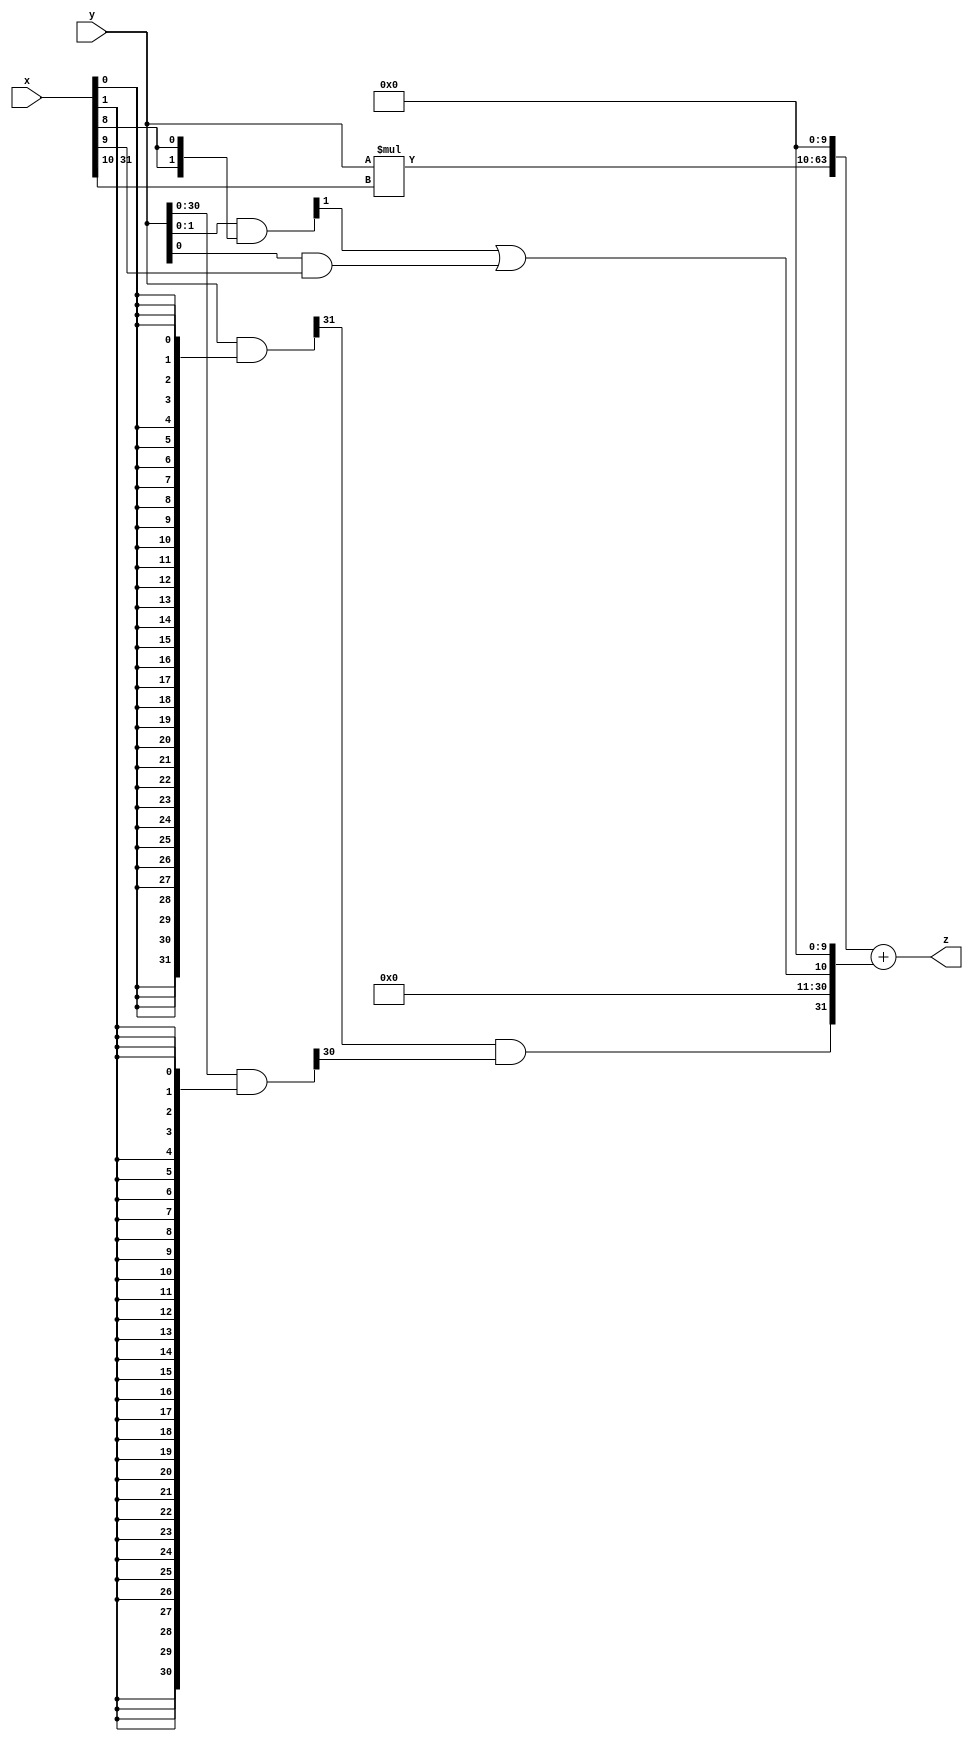
// terms: 2
// fval:  7854103.4964

module unsigned_32x32_l10_lamb10000_0 (
	input [31:0] x,
	input [31:0] y,
	output [63:0] z
);

wire [31:0] part1 =  y & {32{x[0]}};
wire [31:0] part2 =  y & {32{x[1]}};
wire [31:0] part3 =  y & {32{x[2]}};
wire [31:0] part4 =  y & {32{x[3]}};
wire [31:0] part5 =  y & {32{x[4]}};
wire [31:0] part6 =  y & {32{x[5]}};
wire [31:0] part7 =  y & {32{x[6]}};
wire [31:0] part8 =  y & {32{x[7]}};
wire [31:0] part9 =  y & {32{x[8]}};
wire [31:0] part10 =  y & {32{x[9]}};
wire [31:0] part11 =  y & {32{x[10]}};
wire [31:0] part12 =  y & {32{x[11]}};
wire [31:0] part13 =  y & {32{x[12]}};
wire [31:0] part14 =  y & {32{x[13]}};
wire [31:0] part15 =  y & {32{x[14]}};
wire [31:0] part16 =  y & {32{x[15]}};
wire [31:0] part17 =  y & {32{x[16]}};
wire [31:0] part18 =  y & {32{x[17]}};
wire [31:0] part19 =  y & {32{x[18]}};
wire [31:0] part20 =  y & {32{x[19]}};
wire [31:0] part21 =  y & {32{x[20]}};
wire [31:0] part22 =  y & {32{x[21]}};
wire [31:0] part23 =  y & {32{x[22]}};
wire [31:0] part24 =  y & {32{x[23]}};
wire [31:0] part25 =  y & {32{x[24]}};
wire [31:0] part26 =  y & {32{x[25]}};
wire [31:0] part27 =  y & {32{x[26]}};
wire [31:0] part28 =  y & {32{x[27]}};
wire [31:0] part29 =  y & {32{x[28]}};
wire [31:0] part30 =  y & {32{x[29]}};
wire [31:0] part31 =  y & {32{x[30]}};
wire [31:0] part32 =  y & {32{x[31]}};

wire [31:0] new_part1;
assign new_part1[0] = 0;
assign new_part1[1] = 0;
assign new_part1[2] = 0;
assign new_part1[3] = 0;
assign new_part1[4] = 0;
assign new_part1[5] = 0;
assign new_part1[6] = 0;
assign new_part1[7] = 0;
assign new_part1[8] = 0;
assign new_part1[9] = 0;
assign new_part1[10] = part9[1] | part10[0];
assign new_part1[11] = 0;
assign new_part1[12] = 0;
assign new_part1[13] = 0;
assign new_part1[14] = 0;
assign new_part1[15] = 0;
assign new_part1[16] = 0;
assign new_part1[17] = 0;
assign new_part1[18] = 0;
assign new_part1[19] = 0;
assign new_part1[20] = 0;
assign new_part1[21] = 0;
assign new_part1[22] = 0;
assign new_part1[23] = 0;
assign new_part1[24] = 0;
assign new_part1[25] = 0;
assign new_part1[26] = 0;
assign new_part1[27] = 0;
assign new_part1[28] = 0;
assign new_part1[29] = 0;
assign new_part1[30] = 0;
assign new_part1[31] = part1[31] & part2[30];

wire [53:0] tmp_z = y*x[31:10];

assign z = {tmp_z, 10'd 0} + new_part1;

endmodule